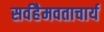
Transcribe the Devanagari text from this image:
सर्वहैमवताचार्य